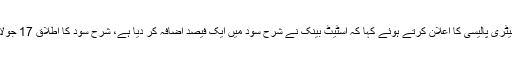
کراچی میں گورنر اسٹیٹ بینک رضا باقر نے مانیٹری پالیسی کا اعلان کرتے ہوئے کہا کہ اسٹیٹ بینک نے شرح سود میں ایک فیصد اضافہ کر دیا ہے، شرح سود کا اطلاق 17 جولائی سے ہوگا اور نئی پالیسی دو ماہ کے لیے ہے۔